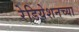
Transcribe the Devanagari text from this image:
रेडियेशनच्या